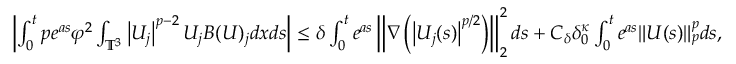
\begin{array} { r } { \begin{array} { r } { \left| \int _ { 0 } ^ { t } p e ^ { a s } \varphi ^ { 2 } \int _ { \mathbb { T } ^ { 3 } } \left| U _ { j } \right| ^ { p - 2 } U _ { j } B ( U ) _ { j } d x d s \right| \leq \delta \int _ { 0 } ^ { t } e ^ { a s } \left\| \nabla \left( \left| U _ { j } ( s ) \right| ^ { p / 2 } \right) \right\| _ { 2 } ^ { 2 } d s + C _ { \delta } \delta _ { 0 } ^ { \kappa } \int _ { 0 } ^ { t } e ^ { a s } \| U ( s ) \| _ { p } ^ { p } d s , } \end{array} } \end{array}